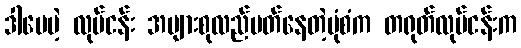
ဒါပေမဲ့ လုပ်ငန်း အများစုလည်ပတ်နေတဲ့ပုံစံက တရုတ်လုပ်ငန်းက